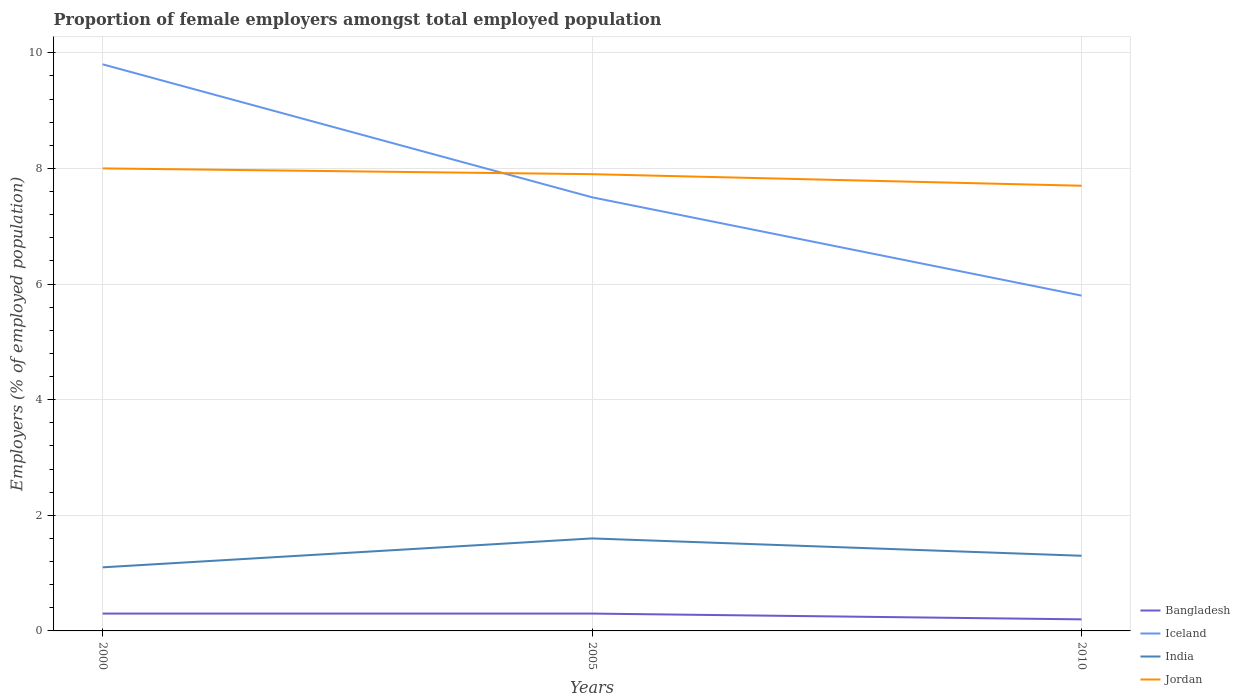
| Years | Bangladesh | Iceland | India | Jordan |
 | --- | --- | --- | --- | --- |
 | 2000 | 0.3 | 9.8 | 1.1 | 8 |
 | 2005 | 0.3 | 7.5 | 1.6 | 7.9 |
 | 2010 | 0.2 | 5.8 | 1.3 | 7.7 |